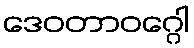
ဒေဝတာဝဂ္ဂေါ